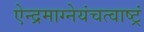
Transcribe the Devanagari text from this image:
ऐन्द्रमाग्नेयंचत्वाष्ट्रं